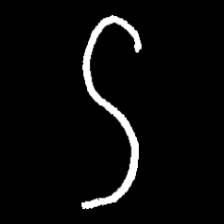
Pyu character \u2014 Myanmar letter: ဌ (romanized: ttha)